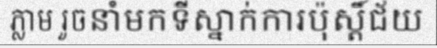
ភ្លាម រួចនាំមកទីស្នាក់ការប៉ុស្តិ៍ជ័យ